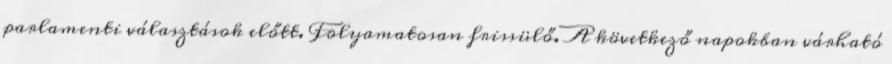
parlamenti választások előtt. Folyamatosan frissülő. A következő napokban várható